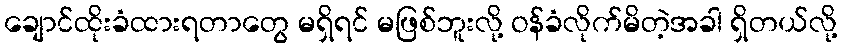
ချောင်ထိုးခံထားရတာတွေ မရှိရင် မဖြစ်ဘူးလို့ ဝန်ခံလိုက်မိတဲ့အခါ ရှိတယ်လို့